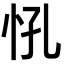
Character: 𢗵